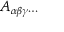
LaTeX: A _ { \alpha \beta \gamma \cdots }